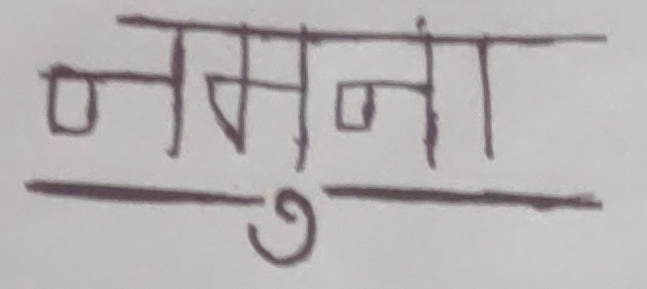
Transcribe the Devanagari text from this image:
नमूनूना